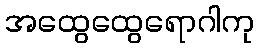
အထွေထွေရောဂါကု